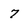
Character: 7